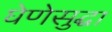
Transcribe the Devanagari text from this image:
घेणेसुद्घा